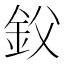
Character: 𰼢